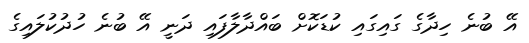
އޭ ބުނެ ހިދާގެ ގައިގައި ކުޑަކޮށް ބައްދާލާފައި ދަނީ އޭ ބުނެ ހުދުކުލައިގެ